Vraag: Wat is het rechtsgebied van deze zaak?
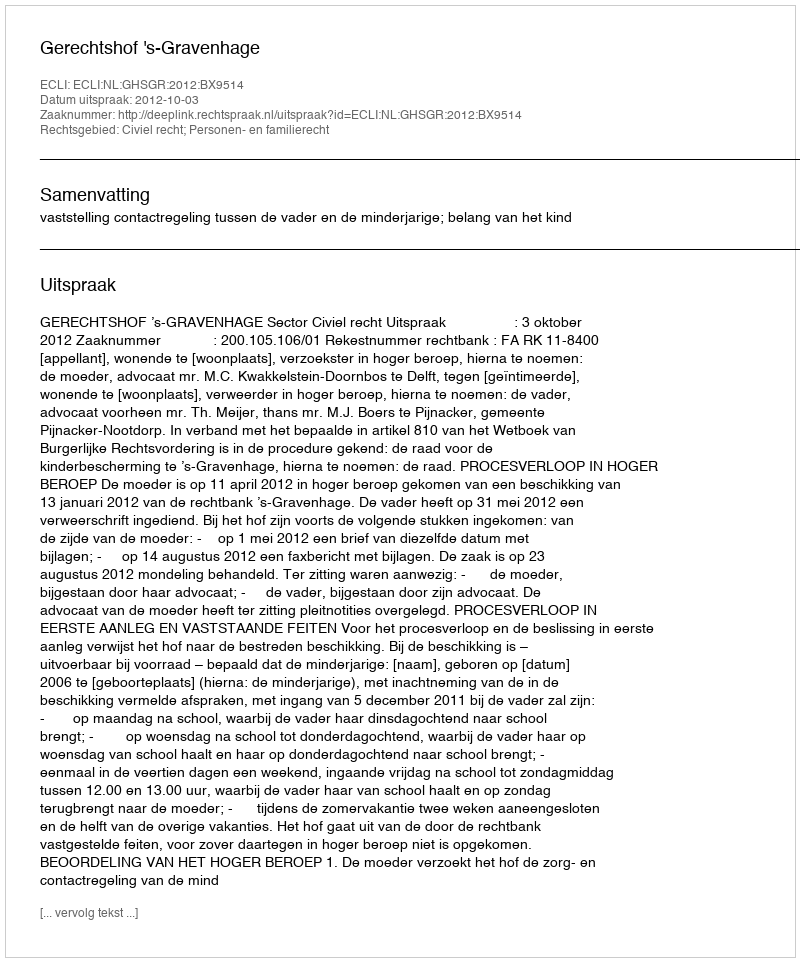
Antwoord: Civiel recht; Personen- en familierecht